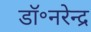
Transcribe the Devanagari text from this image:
डॉ॰नरेन्द्र